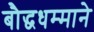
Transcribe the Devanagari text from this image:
बौद्धधम्माने